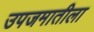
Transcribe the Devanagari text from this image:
उपजमातीला